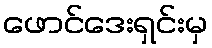
ဖောင်ဒေးရှင်းမှ